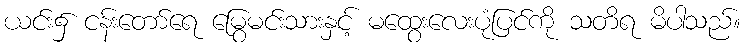
ယင်း၌ ငန်းတော်ရေ မြွေမင်းသားနှင့် မထွေးလေးပုံပြင်ကို သတိရ မိပါသည်။